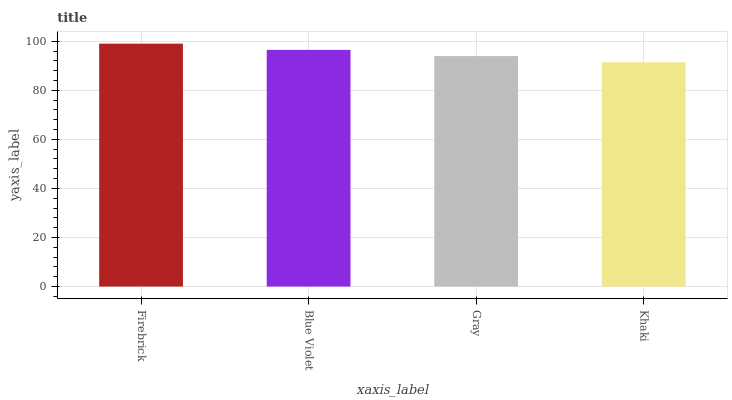
| xaxis_label | bars |
 | --- | --- |
 | Firebrick | 99 |
 | Blue Violet | 96.5 |
 | Gray | 93.9 |
 | Khaki | 91.4 |